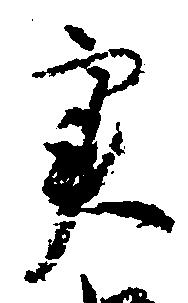
実